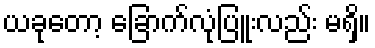
ယခုတော့ ခြောက်လုံပြူးလည်း မရှိ။